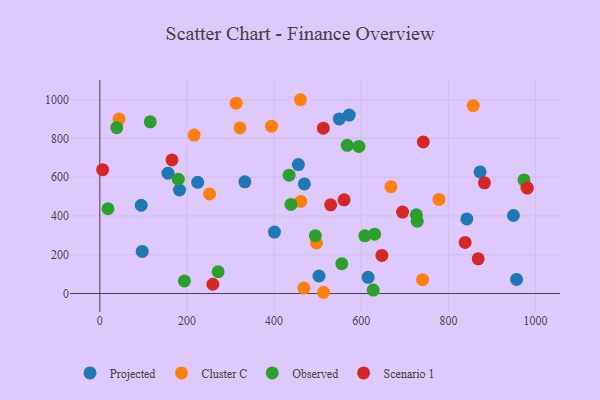
{"axis": {"x": "Speed", "y": "Demand"}, "legend": ["Cluster C", "Observed", "Projected", "Scenario 1"], "data": [{"x": "400.7", "y": 317.1, "type": "Projected"}, {"x": "956.5", "y": 72.9, "type": "Projected"}, {"x": "549.5", "y": 900.4, "type": "Projected"}, {"x": "95.0", "y": 455.3, "type": "Projected"}, {"x": "949.3", "y": 402.6, "type": "Projected"}, {"x": "842.4", "y": 385.0, "type": "Projected"}, {"x": "332.9", "y": 576.0, "type": "Projected"}, {"x": "469.4", "y": 565.3, "type": "Projected"}, {"x": "872.7", "y": 627.0, "type": "Projected"}, {"x": "455.7", "y": 665.2, "type": "Projected"}, {"x": "503.1", "y": 90.5, "type": "Projected"}, {"x": "182.8", "y": 534.1, "type": "Projected"}, {"x": "615.7", "y": 83.5, "type": "Projected"}, {"x": "97.3", "y": 217.0, "type": "Projected"}, {"x": "572.3", "y": 920.2, "type": "Projected"}, {"x": "224.6", "y": 573.8, "type": "Projected"}, {"x": "156.4", "y": 620.6, "type": "Projected"}, {"x": "394.0", "y": 863.4, "type": "Cluster C"}, {"x": "857.0", "y": 969.1, "type": "Cluster C"}, {"x": "461.3", "y": 475.0, "type": "Cluster C"}, {"x": "740.8", "y": 71.4, "type": "Cluster C"}, {"x": "252.0", "y": 513.3, "type": "Cluster C"}, {"x": "321.6", "y": 854.4, "type": "Cluster C"}, {"x": "44.2", "y": 900.7, "type": "Cluster C"}, {"x": "979.2", "y": 549.7, "type": "Cluster C"}, {"x": "216.4", "y": 817.5, "type": "Cluster C"}, {"x": "460.3", "y": 999.6, "type": "Cluster C"}, {"x": "513.5", "y": 6.5, "type": "Cluster C"}, {"x": "468.3", "y": 28.3, "type": "Cluster C"}, {"x": "668.2", "y": 551.0, "type": "Cluster C"}, {"x": "497.1", "y": 260.9, "type": "Cluster C"}, {"x": "312.9", "y": 981.7, "type": "Cluster C"}, {"x": "778.4", "y": 485.6, "type": "Cluster C"}, {"x": "438.7", "y": 459.4, "type": "Observed"}, {"x": "594.6", "y": 758.8, "type": "Observed"}, {"x": "630.6", "y": 306.2, "type": "Observed"}, {"x": "627.5", "y": 18.1, "type": "Observed"}, {"x": "973.5", "y": 585.9, "type": "Observed"}, {"x": "494.6", "y": 298.5, "type": "Observed"}, {"x": "728.5", "y": 372.8, "type": "Observed"}, {"x": "726.5", "y": 405.7, "type": "Observed"}, {"x": "194.1", "y": 65.1, "type": "Observed"}, {"x": "567.8", "y": 764.6, "type": "Observed"}, {"x": "115.7", "y": 885.4, "type": "Observed"}, {"x": "38.8", "y": 855.4, "type": "Observed"}, {"x": "555.4", "y": 153.6, "type": "Observed"}, {"x": "608.2", "y": 297.7, "type": "Observed"}, {"x": "271.5", "y": 112.3, "type": "Observed"}, {"x": "18.7", "y": 437.3, "type": "Observed"}, {"x": "434.4", "y": 610.2, "type": "Observed"}, {"x": "180.0", "y": 589.7, "type": "Observed"}, {"x": "165.6", "y": 689.2, "type": "Scenario 1"}, {"x": "560.6", "y": 483.4, "type": "Scenario 1"}, {"x": "694.9", "y": 420.3, "type": "Scenario 1"}, {"x": "838.4", "y": 263.6, "type": "Scenario 1"}, {"x": "647.3", "y": 196.4, "type": "Scenario 1"}, {"x": "868.4", "y": 179.2, "type": "Scenario 1"}, {"x": "882.7", "y": 571.0, "type": "Scenario 1"}, {"x": "981.3", "y": 543.8, "type": "Scenario 1"}, {"x": "529.8", "y": 457.5, "type": "Scenario 1"}, {"x": "512.9", "y": 852.8, "type": "Scenario 1"}, {"x": "259.4", "y": 47.9, "type": "Scenario 1"}, {"x": "6.4", "y": 639.0, "type": "Scenario 1"}, {"x": "742.4", "y": 781.8, "type": "Scenario 1"}]}